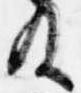
及